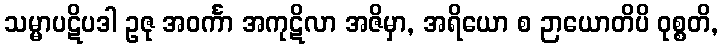
သမ္မာပဋိပဒါ ဥဇု အဝင်္ကာ အကုဋိလာ အဇိမှာ, အရိယော စ ဉာယောတိပိ ဝုစ္စတိ,